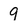
Character: 9